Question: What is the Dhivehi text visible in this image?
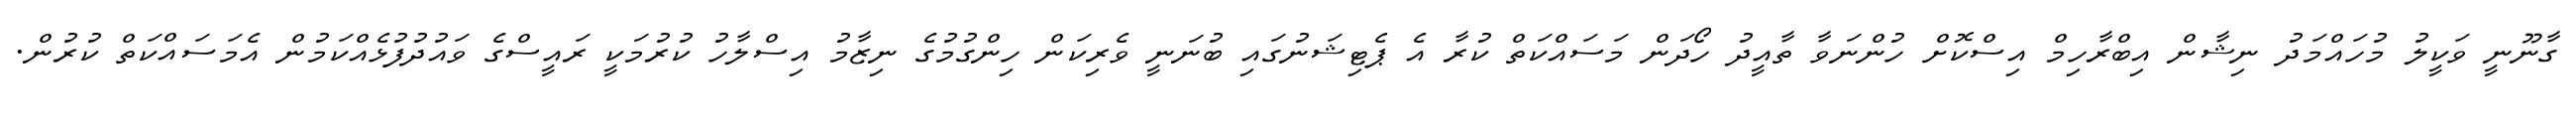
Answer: ގާނޫނީ ވަކީލު މުހައްމަދު ނިޝާން އިބްރާހިމް އިސްކޮށް ހުންނަވާ ތާއީދު ހޯދަން މަސައްކަތް ކުރާ އެ ޕެޓިޝަނުގައި ބުނަނީ ވެރިކަން ހިންގުމުގެ ނިޒާމު އިސްލާހު ކުރުމަކީ ރައީސްގެ ވައުދުފުޅެއްކަމުން އެމަސައްކަތް ކުރުން.